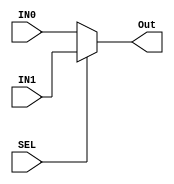
module MUX #(
    parameter MUX_Width = 'd32
)
(
    input   wire  SEL,
    input   wire  [MUX_Width-1:0]  IN0,
    input   wire  [MUX_Width-1:0]  IN1,
    output  reg   [MUX_Width-1:0]  Out
);

always @(*) begin
    if(SEL) begin
        Out = IN1;
    end

    else  begin
        Out = IN0;
    end
end
    
endmodule